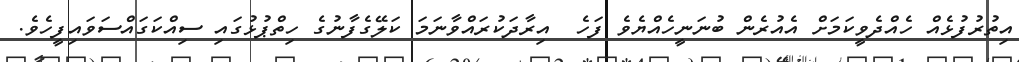
އިތުރުފުޅެއް ހެއްދެވީކަމަށް އެއުރެން ބުނަނީހެއްޔެވެ ފަހެ  އިރާދަކުރައްވާނަމަ ކަލޭގެފާނުގެ ހިތްޕުޅުގައި ސިއްކަގައްސަވައިފީހެެވެ.